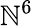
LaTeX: \mathbb{N}^{6}